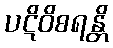
ပဋိဝိစရန္တိ